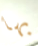
بها